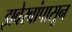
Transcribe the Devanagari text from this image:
झवेरबांपासून